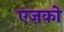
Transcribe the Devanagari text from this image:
एज़को